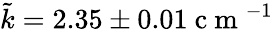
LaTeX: \tilde{k}=2.35\pm 0.01\mathrm{~c~m~}^{-1}